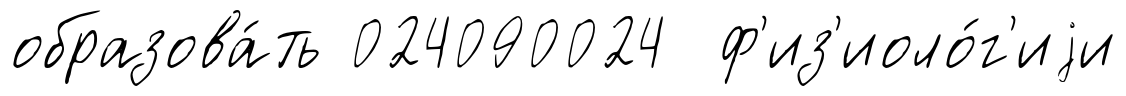
образова́ть 024090024 ф'из'иоло́г'иjи